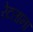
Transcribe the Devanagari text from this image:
रेटताना